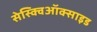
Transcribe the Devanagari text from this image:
सेस्क्विऑक्साइड